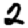
Digit: 2